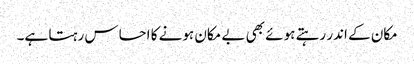
مکان کے اندر رہتے ہوئے بھی بے مکان ہونے کا احساس رہتا ہے۔